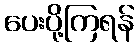
ပေးပို့ကြရန်